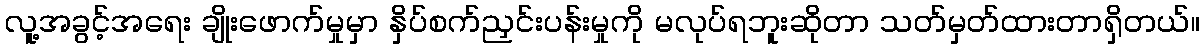
လူ့အခွင့်အရေး ချိုးဖောက်မှုမှာ နှိပ်စက်ညှင်းပန်းမှုကို မလုပ်ရဘူးဆိုတာ သတ်မှတ်ထားတာရှိတယ်။